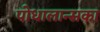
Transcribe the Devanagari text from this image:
पोधालान्सका